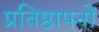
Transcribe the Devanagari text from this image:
प्रतिष्ठापनों